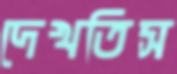
দেখতিস